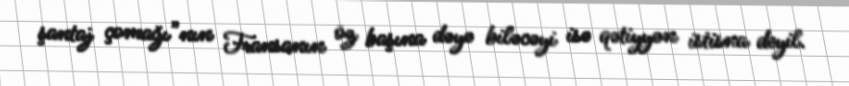
şantaj çomağı”nın Fransanın öz başına dəyə biləcəyi isə qətiyyən istisna deyil.